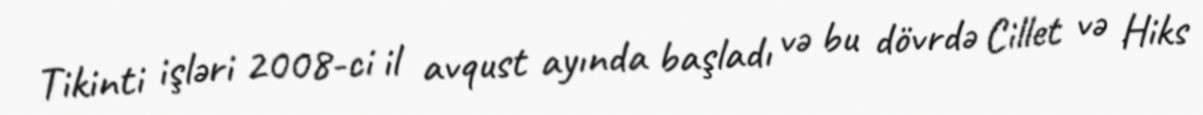
Tikinti işləri 2008-ci il avqust ayında başladı və bu dövrdə Cillet və Hiks